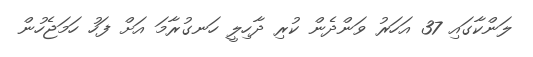
ލަންކާގައި 37 އަހަރު ވަންދެން ކުރި ދާހިލީ ހަނގުރާމަ އަށް ފަހު ހަމަޖެހުން